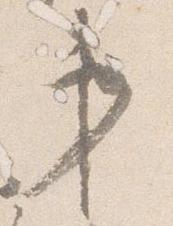
第